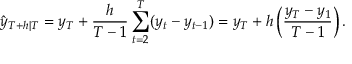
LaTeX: { \hat { y } } _ { T + h | T } = y _ { T } + { \frac { h } { T - 1 } } \sum _ { t = 2 } ^ { T } ( y _ { t } - y _ { t - 1 } ) = y _ { T } + h \left( { \frac { y _ { T } - y _ { 1 } } { T - 1 } } \right) .